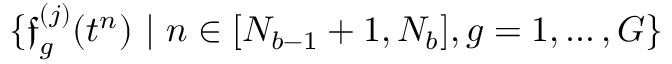
\{ \boldsymbol { \mathfrak { f } } _ { g } ^ { ( j ) } ( t ^ { n } ) \ | \ n \in [ N _ { b - 1 } + 1 , N _ { b } ] , g = 1 , \ldots , G \}